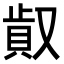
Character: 𠭸